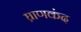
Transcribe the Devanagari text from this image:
घ्राणकंद